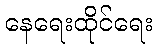
နေရေးထိုင်ရေး